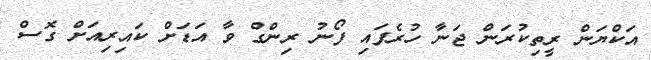
އަކްޔަން ރީތިކުރަން ޖަނާ ހުރެފައި ފޯނު ރިންގް ވާ އަޑަށް ކައިރިއަށް ގޮސް